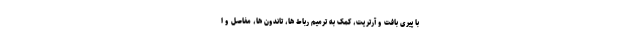
با پیری بافت و آرتریت، کمک به ترمیم رباط ها، تاندون ها، مفاصل و ا